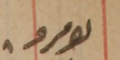
نومرو